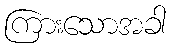
ကြားသောအခါ